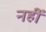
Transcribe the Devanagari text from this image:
नहीं